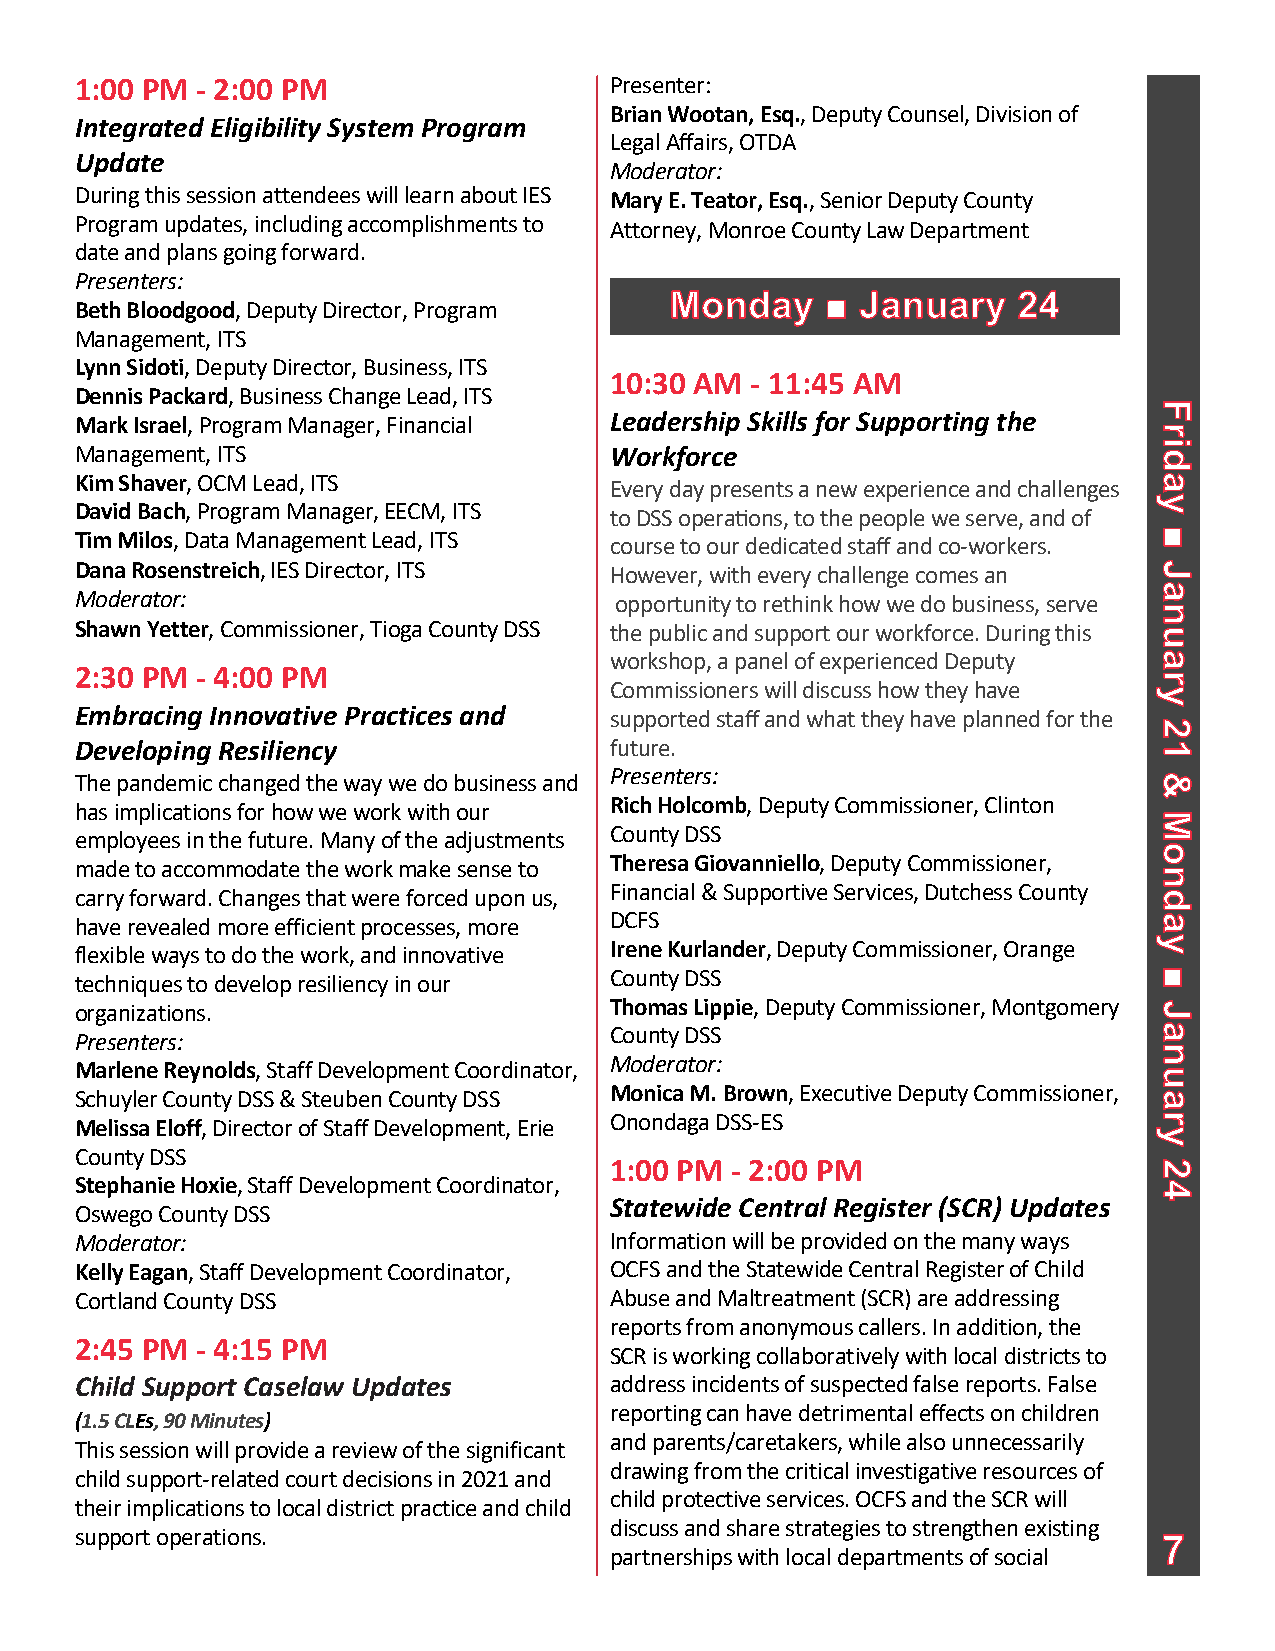
1:00 PM - 2:00 PM                  Presenter:
 Brian Wootan, Esq., Deputy Counsel, Division of
 Integrated Eligibility System Program
 Legal Affairs, OTDA
 Update
 Moderator:
 During this session attendees will learn about IES Mary E. Teator, Esq., Senior Deputy County
 Program updates, including accomplishments to Attorney, Monroe County Law Department
 date and plans going forward.
 Presenters:
 Beth Bloodgood, Deputy Director, Program
 Management, ITS
 Lynn Sidoti, Deputy Director, Business, ITS
 10:30 AM  - 11:45 AM
 Dennis Packard, Business Change Lead, ITS
 Mark Israel, Program Manager, Financial Leadership Skills for Supporting the
 Management, ITS                    Workforce
 Kim Shaver, OCM Lead, ITS          Every day presents a new experience and challenges
 David Bach, Program Manager, EECM, ITS to DSS operafions, to the people we serve, and of
 Tim Milos, Data Management Lead, ITS course to our dedicated staff and co-workers.
 Dana Rosenstreich, IES Director, ITS However, with every challenge comes an
 Moderator:                          opportunity to rethink how we do business, serve
 Shawn Yetter, Commissioner, Tioga County DSS the public and support our workforce. During this
 workshop, a panel of experienced Deputy
 2:30 PM - 4:00 PM
 Commissioners will discuss how they have
 Embracing Innovative Practices and supported staff and what they have planned for the
 Developing Resiliency              future.
 The pandemic changed the way we do business and Presenters:
 has implications for how we work with our Rich Holcomb, Deputy Commissioner, Clinton
 employees in the future. Many of the adjustments County DSS
 made to accommodate the work make sense to Theresa Giovanniello, Deputy Commissioner,
 carry forward. Changes that were forced upon us, Financial & Supportive Services, Dutchess County
 have revealed more efficient processes, more DCFS
 flexible ways to do the work, and innovative Irene Kurlander, Deputy Commissioner, Orange
 techniques to develop resiliency in our County DSS
 organizations.                     Thomas Lippie, Deputy Commissioner, Montgomery
 Presenters:                        County DSS
 Marlene Reynolds, Staff Development Coordinator, Moderator:
 Schuyler County DSS & Steuben County DSS Monica M. Brown, Executive Deputy Commissioner,
 Melissa Eloff, Director of Staff Development, Erie Onondaga DSS-ES
 County DSS
 1:00 PM - 2:00 PM
 Stephanie Hoxie, Staff Development Coordinator,
 Statewide Central Register (SCR) Updates
 Oswego County DSS
 Moderator:                         Information will be provided on the many ways
 Kelly Eagan, Staff Development Coordinator, OCFS and the Statewide Central Register of Child
 Cortland County DSS                Abuse and Maltreatment (SCR) are addressing
 reports from anonymous callers. In addition, the
 2:45 PM - 4:15 PM
 SCR is working collaboratively with local districts to
 Child Support Caselaw Updates      address incidents of suspected false reports. False
 reporting can have detrimental effects on children
 (1.5CLEs, 90 Minutes)
 and parents/caretakers, while also unnecessarily
 This session will provide a review of the significant
 drawing from the critical investigative resources of
 child support-related court decisions in 2021 and
 child protective services. OCFS and the SCR will
 their implications to local district practice and child
 discuss and share strategies to strengthen existing
 support operations.
 partnerships with local departments of social